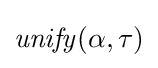
{\mathit {unify}}(\alpha ,\tau )